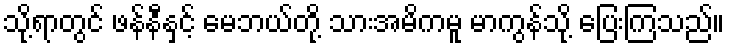
သို့ရာတွင် ဖန်နီနှင့် မေဘယ်တို့ သားအမိကမူ မာကွန်သို့ ပြေးကြသည်။